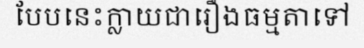
បែបនេះក្លាយជារឿងធម្មតាទៅ